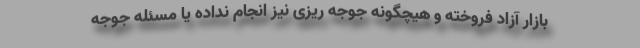
بازار آزاد فروخته و هیچگونه جوجه ریزی نیز انجام نداده یا مسئله جوجه